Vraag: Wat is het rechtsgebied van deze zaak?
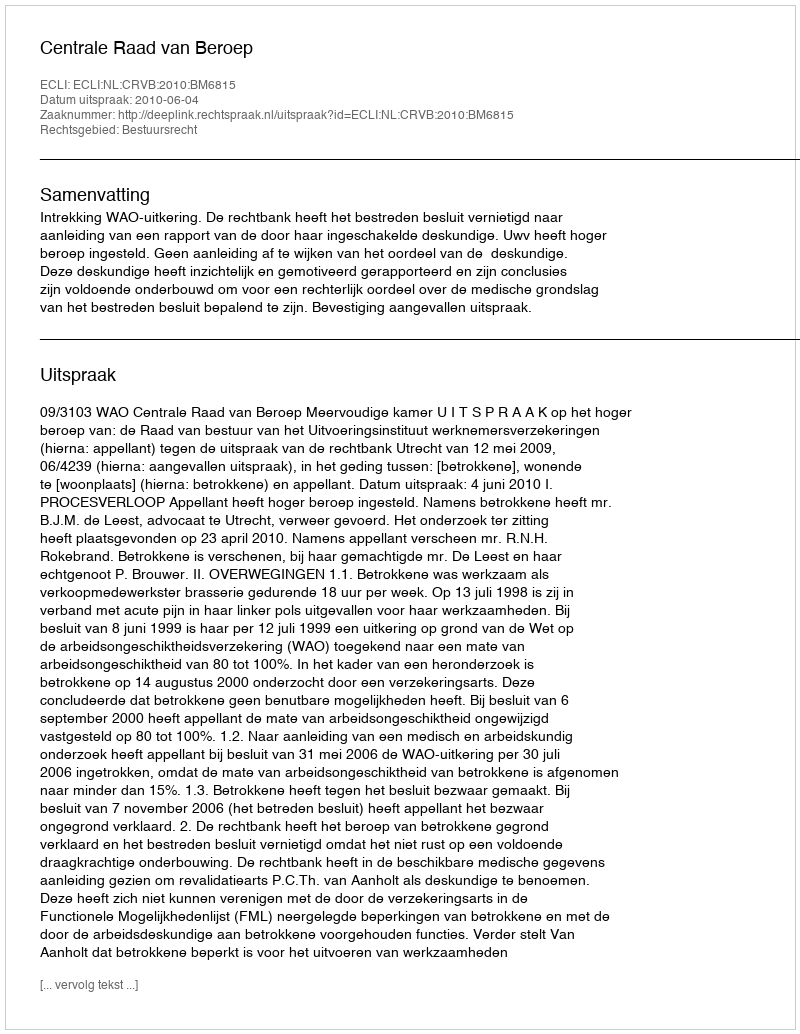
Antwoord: Bestuursrecht